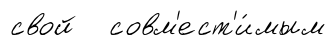
свой совм'ест'и́мым